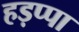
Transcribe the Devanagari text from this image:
हड़प्‍पा